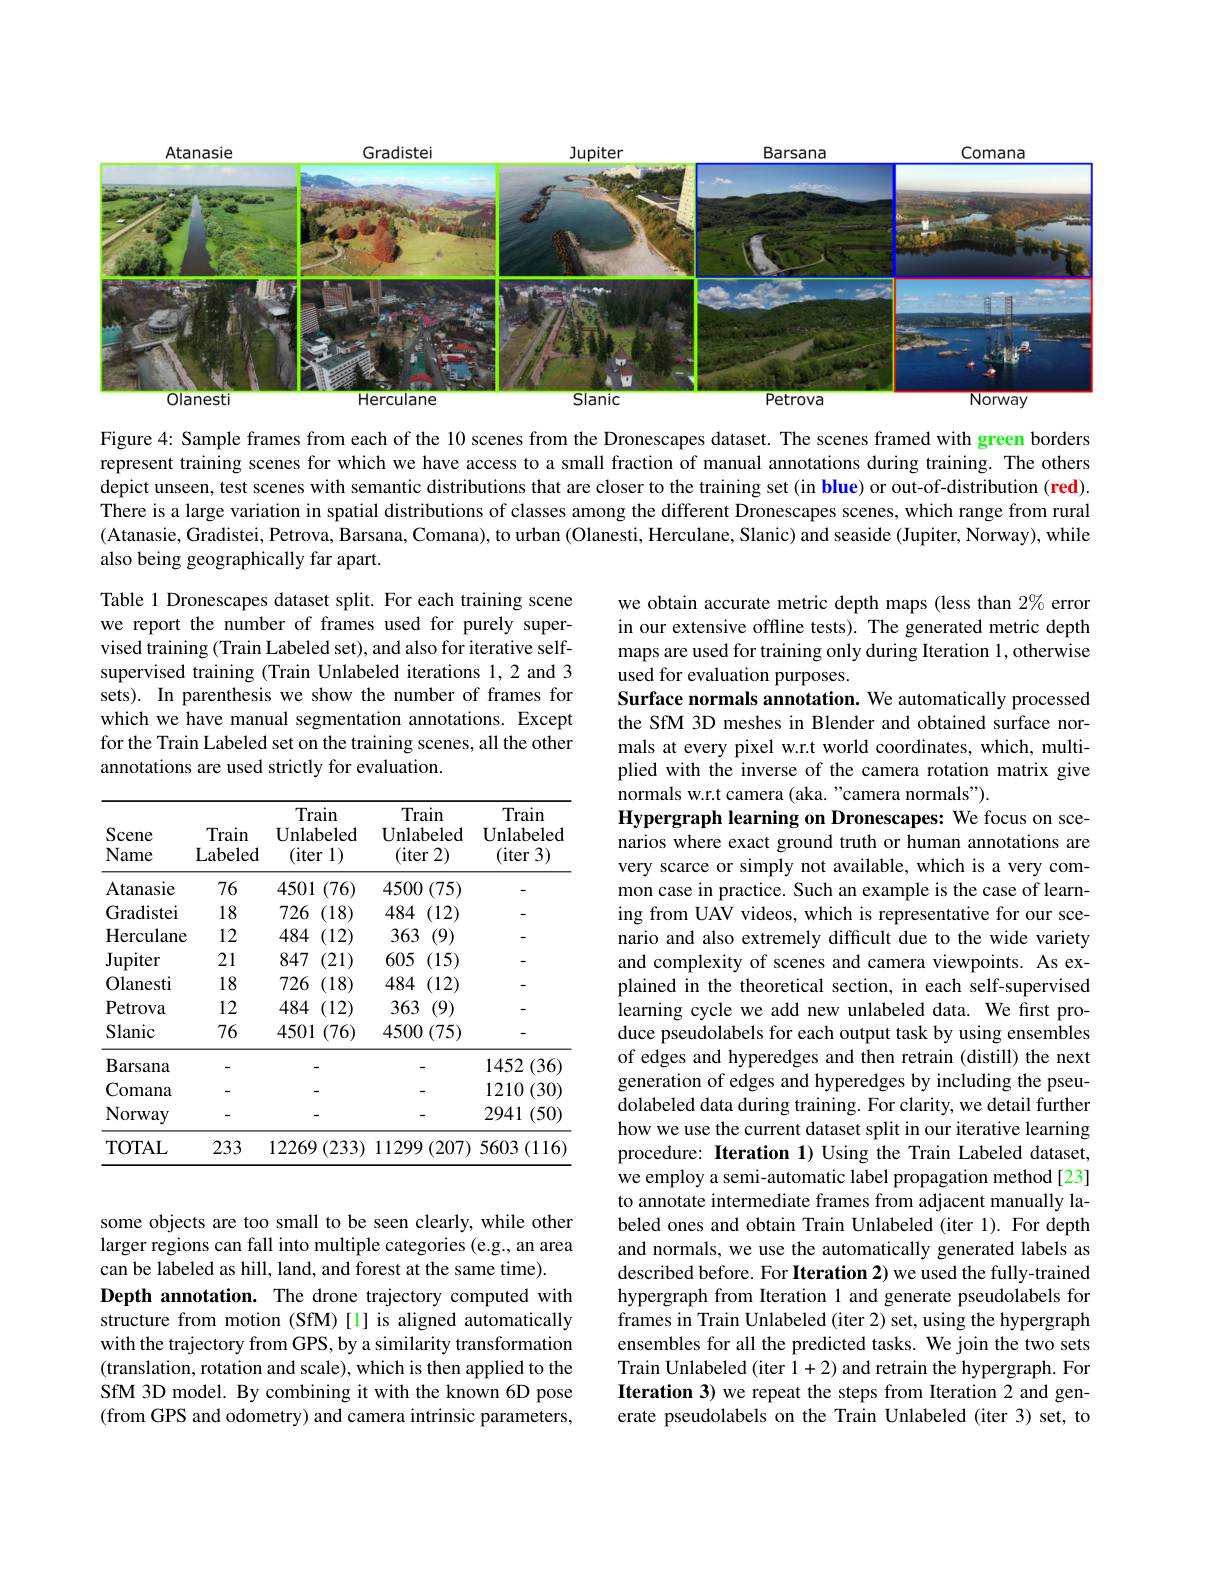
<FigureHere>

Figure 4{:} Sample frames from each of the 10 scenes from the Dronescapes dataset. The scenes framed with green borders represent training scenes for which we have access to a small fraction of manual annotations during training. The others depict unseen, test scenes with semantic distributions that are closer to the training set (in blue) or out-of-distribution (red). There is a large variation in spatial distributions of classes among the different Dronescapes scenes, which range from rural (Atanasie, Gradistei, Petrova, Barsana, Comana), to urban (Olanesti, Herculane, Slanic) and seaside (Jupiter, Norway), while also being geographically far apart.

Table 1 Dronescapes dataset split. For each training scene we report the number of frames used for purely supervised training (Train Labeled set), and also for iterative selfsupervised training (Train Unlabeled iterations 1,2 and 3 sets). In parenthesis we show the number of frames for which we have manual segmentation annotations. Except for the Train Labeled set on the training scenes, all the other annotations are used strictly for evaluation.

<table>
	<tbody>
		<tr>
			<th>Scene Name</th>
			<th>Train Labeled</th>
			<th>Train Unlabeled (iter 1)</th>
			<th>Train Unlabeled (iter 2)</th>
			<th>Train Unlabeled (iter 3)</th>
		</tr>
		<tr>
			<td>Atanasie</td>
			<td>76</td>
			<td>4501 (76)</td>
			<td>$4500\left(75\right)$</td>
			<td> </td>
		</tr>
		<tr>
			<td>Gradistei</td>
			<td>18</td>
			<td>726 (18)</td>
			<td>484 (12)</td>
			<td> </td>
		</tr>
		<tr>
			<td>${\mathrm{Hercula}}$ lane</td>
			<td>12</td>
			<td>484 (12)</td>
			<td>363 (9)</td>
			<td> </td>
		</tr>
		<tr>
			<td>Jupiter</td>
			<td>21</td>
			<td>(21) 847</td>
			<td>605 (15)</td>
			<td> </td>
		</tr>
		<tr>
			<td>Olanesti I</td>
			<td>18</td>
			<td>726 (18)</td>
			<td>484 (12)</td>
			<td> </td>
		</tr>
		<tr>
			<td>Petrova</td>
			<td>12</td>
			<td>484 (12)</td>
			<td>363 (9)</td>
			<td> </td>
		</tr>
		<tr>
			<td>Slanic</td>
			<td>76</td>
			<td>4501 1 (76)</td>
			<td>$4500\left(75\right)$</td>
			<td> </td>
		</tr>
		<tr>
			<td>$\mathbf{B}.$ arsana</td>
			<td>-</td>
			<td> </td>
			<td> </td>
			<td>1452 (36)</td>
		</tr>
		<tr>
			<td>Comana</td>
			<td> </td>
			<td> </td>
			<td> </td>
			<td>1210 (30)</td>
		</tr>
		<tr>
			<td>Norway</td>
			<td>-</td>
			<td> </td>
			<td> </td>
			<td>2941 (50)</td>
		</tr>
		<tr>
			<td>TOTAL</td>
			<td>233</td>
			<td>(233) 12269</td>
			<td>11299 (207)</td>
			<td>5603 $3\left(116\right.$</td>
		</tr>
	</tbody>
</table>

we obtain accurate metric depth maps (less than $2\%$ error in our extensive offline tests). The generated metric depth maps are used for training only during Iteration 1, otherwise used for evaluation purposes.
Surface normals annotation. We automatically processed the SfM 3D meshes in Blender and obtained surface normals at every pixel w.r.t world coordinates, which, multiplied with the inverse of the camera rotation matrix give normals w.r.t camera (aka. "camera normals").
Hypergraph learning on Dronescapes: We focus on scenarios where exact ground truth or human annotations are very scarce or simply not available, which is a very common case in practice. Such an example is the case of learning from UAV videos, which is representative for our scenario and also extremely difficult due to the wide variety and complexity of scenes and camera viewpoints. As explained in the theoretical section, in each self-supervised learning cycle we add new unlabeled data. We first produce pseudolabels for each output task by using ensembles of edges and hyperedges and then retrain (distill) the next generation of edges and hyperedges by including the pseudolabeled data during training. For clarity, we detail further how we use the current dataset split in our iterative learning procedure: Iteration 1) Using the Train Labeled dataset, we employ a semi-automatic label propagation method[23] to annotate intermediate frames from adjacent manually labeled ones and obtain Train Unlabeled (iter 1). For depth and normals, we use the automatically generated labels as described before. For Iteration 2) we used the fully-trained hypergraph from Iteration 1 and generate pseudolabels for frames in Train Unlabeled (iter 2) set, using the hypergraph ensembles for all the predicted tasks. We join the two sets Train Unlabeled (iter 1+2) and retrain the hypergraph. For Iteration 3) we repeat the steps from Iteration 2 and generate pseudolabels on the Train Unlabeled (iter 3) set, to

some objects are too small to be seen clearly, while other larger regions can fall into multiple categories (e.g., an area can be labeled as hill, land, and forest at the same time).
Depth annotation. The drone trajectory computed with structure from motion (SfM)[l] is aligned automatically with the trajectory from GPS, by a similarity transformation (translation, rotation and scale), which is then applied to the SfM 3D model. By combining it with the known 6D pose (from GPS and odometry) and camera intrinsic parameters,